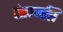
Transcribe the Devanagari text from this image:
पंतञ्जलि